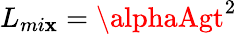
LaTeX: L_{mi\mathbf{x}}=\alphaAgt^{2}